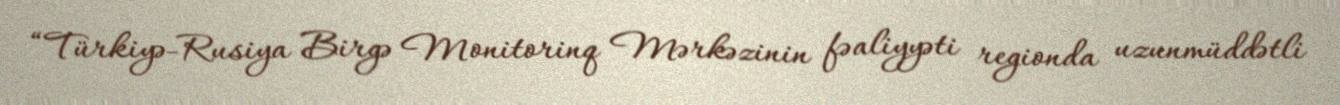
“Türkiyə-Rusiya Birgə Monitorinq Mərkəzinin fəaliyyəti regionda uzunmüddətli